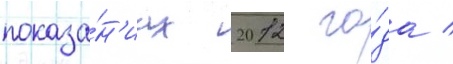
показа́н'иах 2012 го́да /